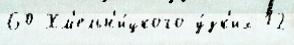
60 Хм'ельн'и́цкого у́зк'их 12